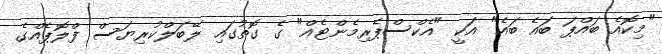
"މިކޮއެ ބައްޕަ ބައެ ބައެ" އަކީ "އެކްސްޕެރިމެންޓެއް" ގެ ގޮތުގައި ލޭބަލްކުރިޔަސް ފްލޮޕެއްގެ